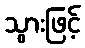
သွားဖြင့်